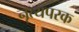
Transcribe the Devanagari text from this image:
नृत्यपरक